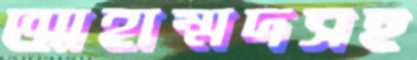
আহাম্মদসহ